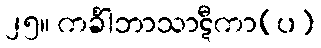
၂၅။ ကင်္ခါဘာသာဋီကာ(ပ)